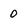
Character: 0